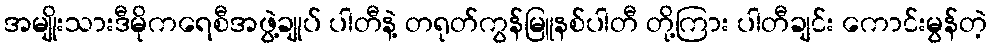
အမျိုးသားဒီမိုကရေစီအဖွဲ့ချုပ် ပါတီနဲ့ တရုတ်ကွန်မြူနစ်ပါတီ တို့ကြား ပါတီချင်း ကောင်းမွန်တဲ့